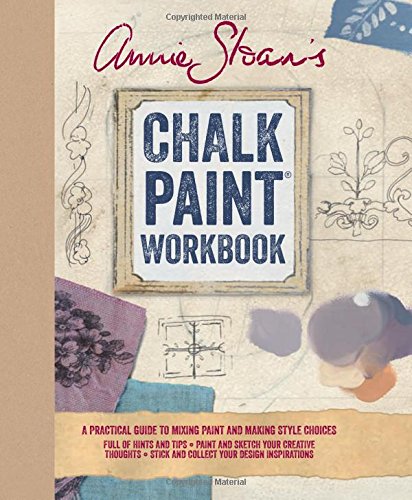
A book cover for Annie Sloan s Chalk PaintÂ® Workbook: A Practical Guide to Mixing Color and Making Style Choices; Annie Sloan; Crafts, Hobbies & Home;